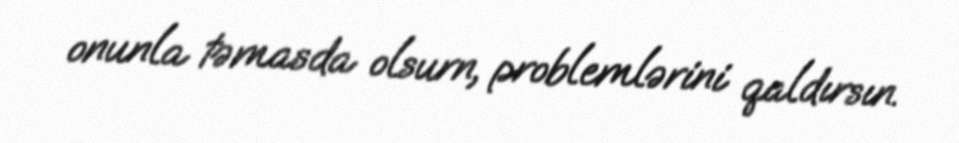
onunla təmasda olsurn, problemlərini qaldırsın.